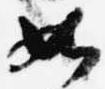
如